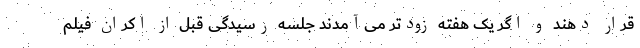
قرار دهند و اگر یک هفته زودتر می‌آمدند جلسه رسیدگی قبل از اکران فیلم